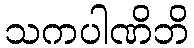
သကပါဏိဘိ